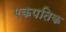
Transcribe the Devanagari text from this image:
एकपतिक